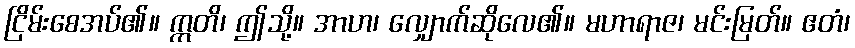
ငြိမ်းစေအပ်၏။ ဣတိ၊ ဤသို့။ အာဟ၊ လျှောက်ဆိုလေ၏။ မဟာရာဇ၊ မင်းမြတ်။ ဧတံ၊